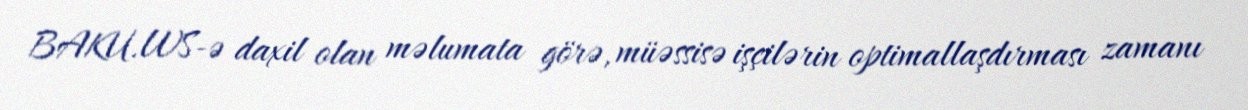
BAKU.WS-ə daxil olan məlumata görə, müəssisə işçilərin optimallaşdırması zamanı